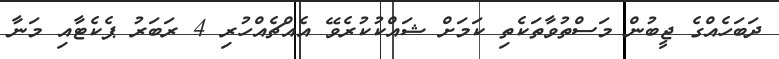
ދަބަހެއްގެ ޖީބުން މަސްތުވާތަކެތި ކަމަށް ޝައްކުކުރެވޭ އެއްޗެއްހުރި 4 ރަބަރު ޕެކެޓާއި މަނާ